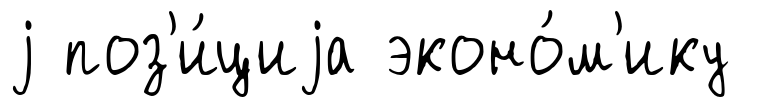
j поз'и́циjа эконо́м'ику